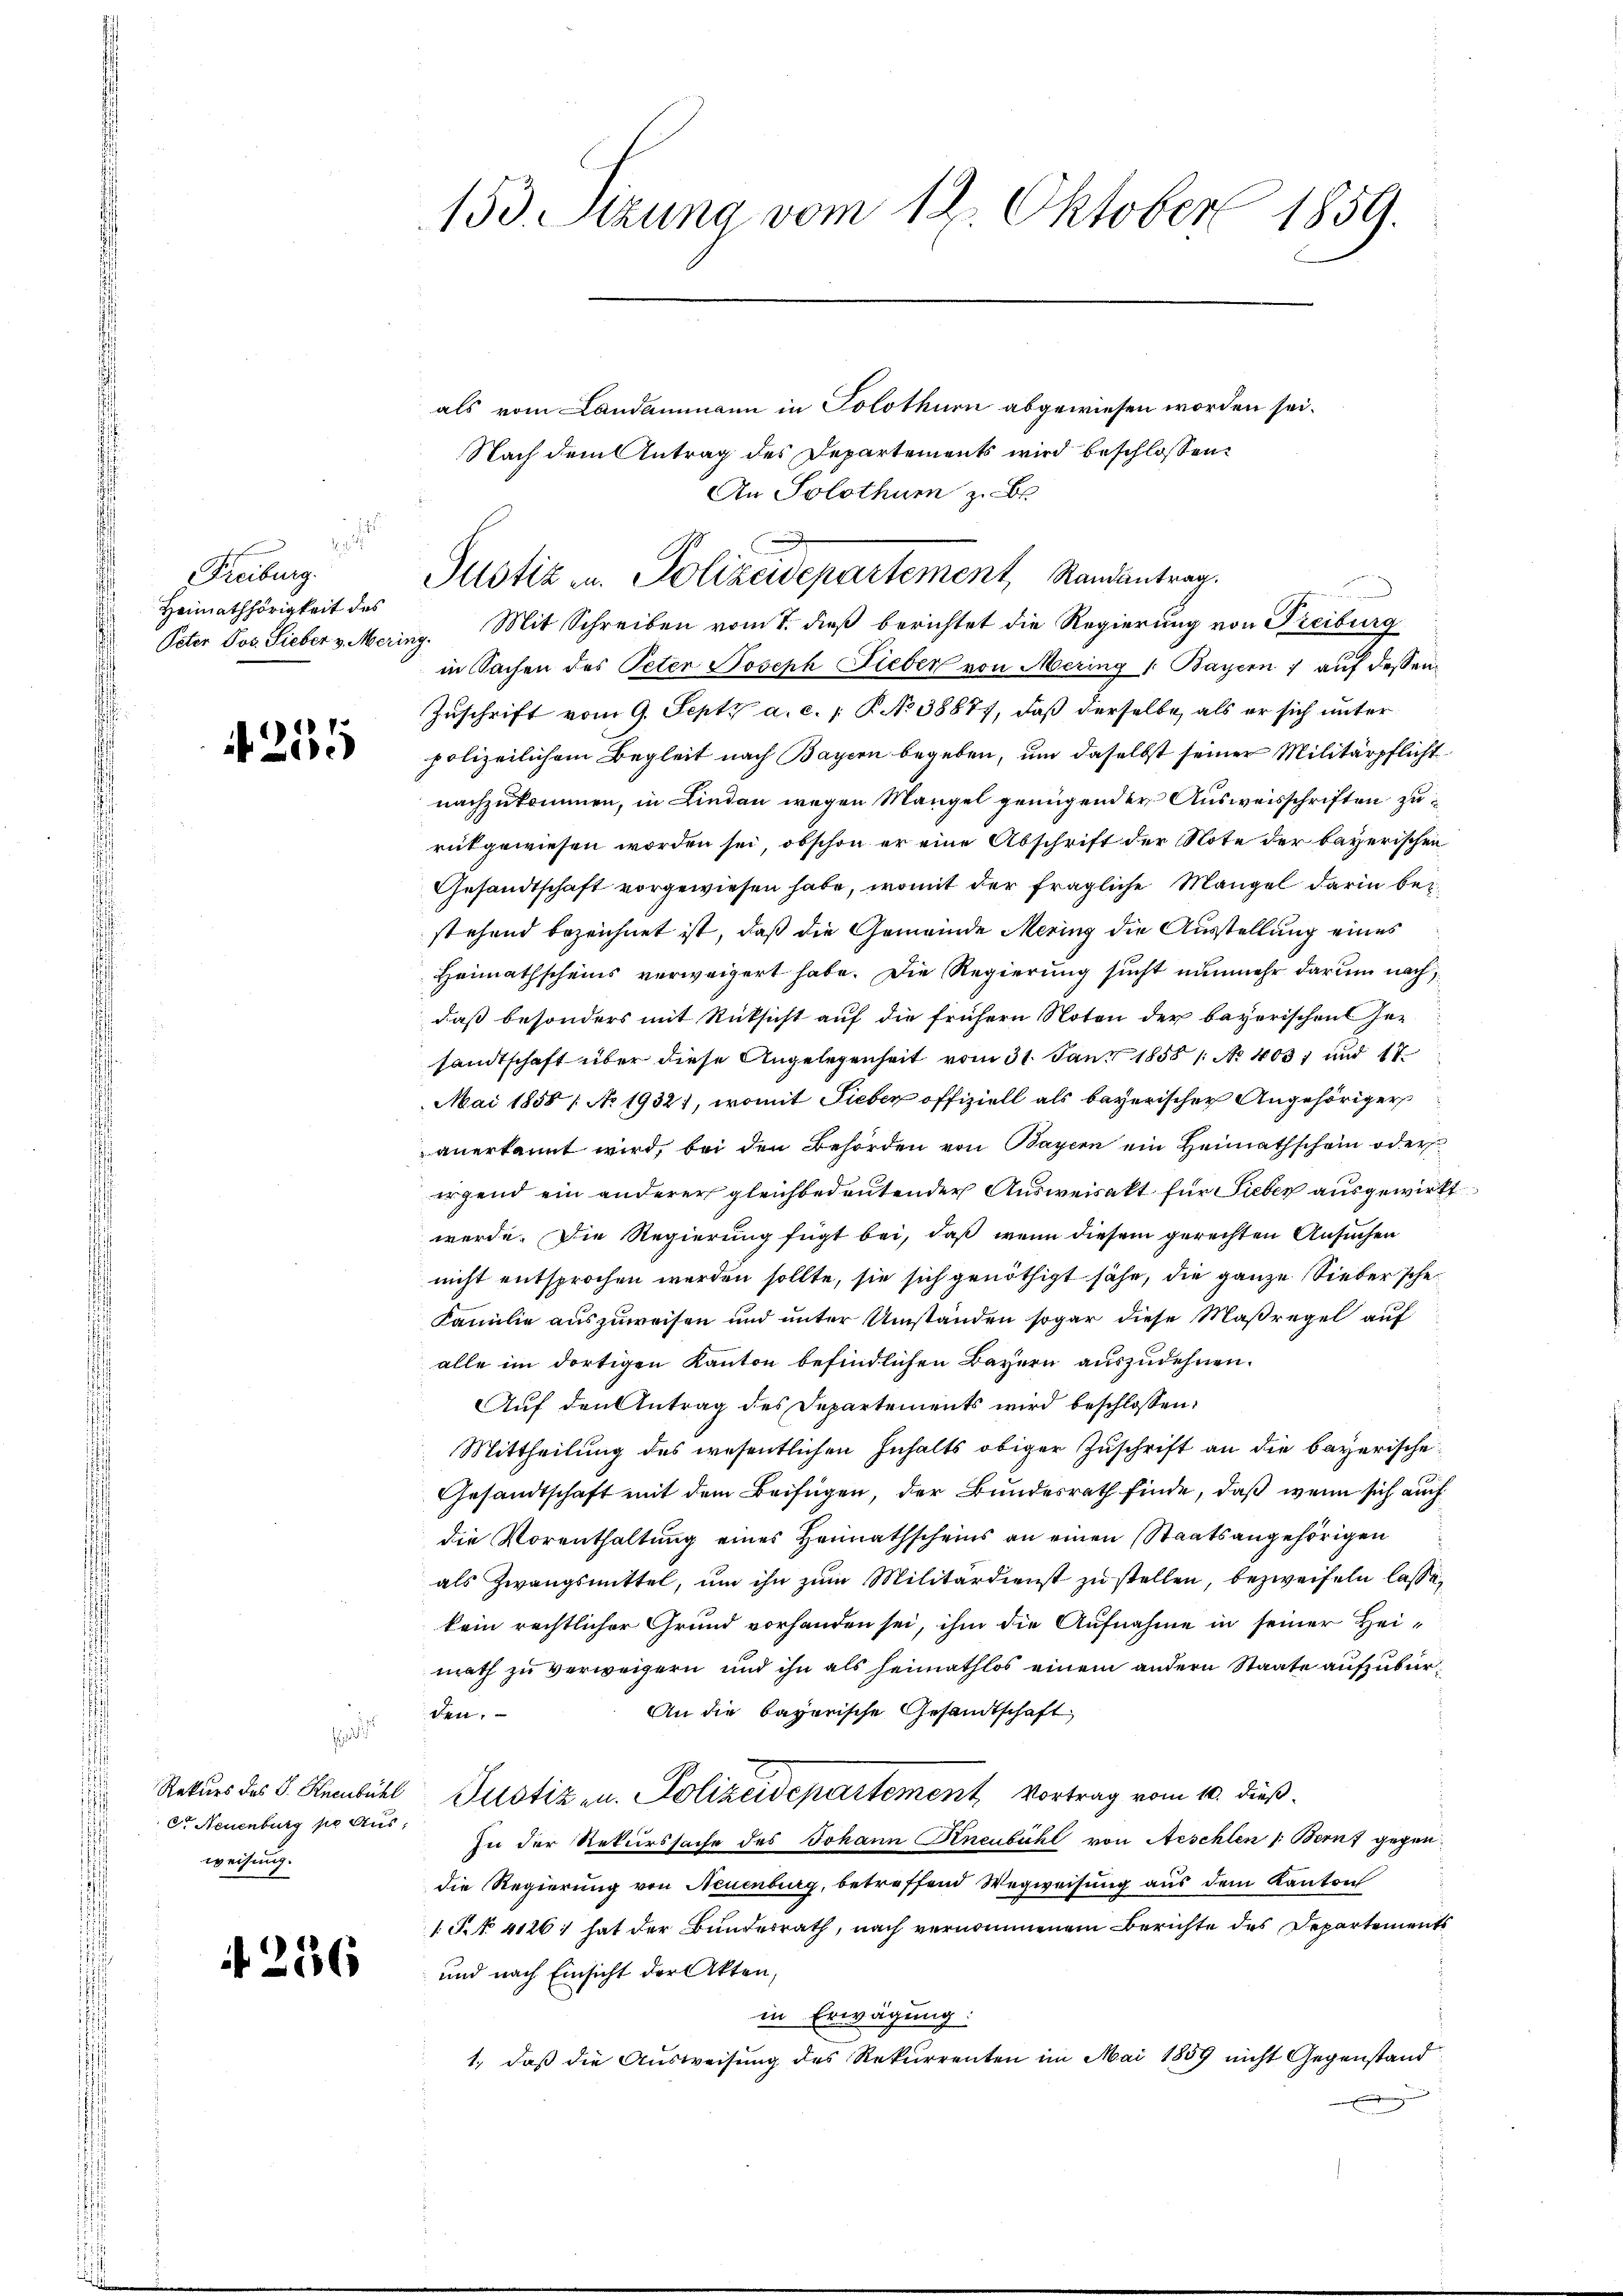
Freiburg.
Heimathörigkeit des

u
 250

e
Rekurs des P. Knenbühl
Cr Neuenburg po Aus
weisung.

256

153. Setzung vom 12. Oktober 1859.

Justiz u. Polizeidepartement, Randantrag.

als vom Landammann in Solothurn abgewiesen worden sei.
Nach dem Antrag des Departements wird beschlossen:
An Solothum zu Be
Peter Jos. Lieber v. Mering. Mit Schreiben vom 7. dieß berichtet die Regierung von Freiburg
in Sachen des Peten Joseph Fieber von Mering 1 Bayern) auf dessen
Zuschrift vom 9. Sept. a. c. P. No 38877, daß derselbe, als er sich unter
polizeilichem Begleit nach Bayern begeben, um daselbst seiner Militärpflicht
nachzukommen, in Lindau wegen Mangel genügender Ausweisschriften zurückgewiesen worden sei, obschon er eine Abschrift der Note der bayerischen
Gesandtschaft vorgewiesen habe, womit der fragliche Mangel darin beistehend bezeichnet ist, daß die Gemeinde Mering die Ausstellung eines
Heimathscheins verweigert habe. Die Regierung sucht nunmehr darum nach
daß besonders mit Rücksicht auf die frühern Noten der bayerischen Her
sandtschaft über diese Angelegenheit vom 31. Jan. 1858 /: No 403. und 17.
Mai 1858 / No 1932), womit Sieber offiziell als bayerischer Angehöriger
anerkannt wird, bei den Behörden von Bayern ein Heimathschein oder
irgend ein anderer gleichbedeutender Ausweisakt für Sieber ausgewirkt
werde. Die Regierung fügt bei, daß wenn diesem gerechten Ansuchen
nicht entsprochen werden sollte, sie sich genöthigt sähe, die ganze Sieber sche¬
Familie auszuweisen und unter Umständen sogar diese Maßregel auf
alle im dortigen Kanton befindlichen Bayern auszudehnen.
Auf den Antrag des Departements wird beschlossen:
Mittheilung des wesentlichen Inhalts obiger Zuschrift an die bayerische
Gesandtschaft mit dem Beifügen, der Bundesrath finde, daß wenn sich auch
die Vorenthaltung eines Heimathscheins an einen Staatsangehörigen
als Zwangsmittel, um ihn zum Militärdienst zu stellen, bezweifeln lasse,
kein rechtlicher Grund vorhanden sei, ihm die Aufnahme in seiner Heimath zu verweigern und ihn als heimathlos einem andern Staate aufzubür¬
An die bayerische Gesandtschaft
den.
Justiz u. Polizeidepartement, Vortrag vom 10. dieß¬
In der Rekurssache des Johann Hneubühl von Aeschlen /: Bern gegen
die Regierung von Neuenburg, betreffend Wegweisung aus dem Kanton
1 S. 4126; hat der Bunderrath, nach vernommenem Berichte des Departements
und nach Einsicht der Akten,
in Erwägung:
1., daß die Ausweisung des Rekurrenten im Mai 1859 nicht Gegenstand
e

u